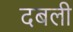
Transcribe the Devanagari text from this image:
दबली